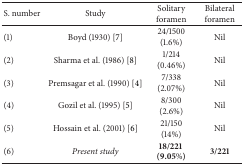
<table><thead><tr><td><b>S. number</b></td><td><b>Study</b></td><td><b>Solitary foramen</b></td><td><b>Bilateral foramen</b></td></tr></thead><tbody><tr><td>(1)</td><td>Boyd (1930) [7]</td><td>24/1500(1.6%)</td><td>Nil</td></tr><tr><td>(2)</td><td>Sharma et al. (1986) [8]</td><td>1/214(0.46%)</td><td>Nil</td></tr><tr><td>(3)</td><td>Premsagar et al. (1990) [4]</td><td>7/338(2.07%)</td><td>Nil</td></tr><tr><td>(4)</td><td>Gozil et al. (1995) [5]</td><td>8/300(2.6%)</td><td>Nil</td></tr><tr><td>(5)</td><td>Hossain et al. (2001) [6]</td><td>21/150(14%)</td><td>Nil</td></tr><tr><td>(6)</td><td><i>Present study </i></td><td><b>18/221</b> <b>(9.05%)</b></td><td><b>3/221</b></td></tr></tbody></table>